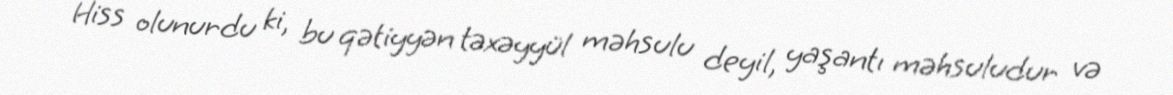
Hiss olunurdu ki, bu qətiyyən təxəyyül məhsulu deyil, yaşantı məhsuludur və